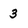
Character: 3